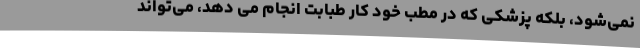
نمی‌شود، بلکه پزشکی که در مطب خود کار طبابت انجام می دهد، می‌تواند